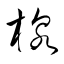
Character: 楾